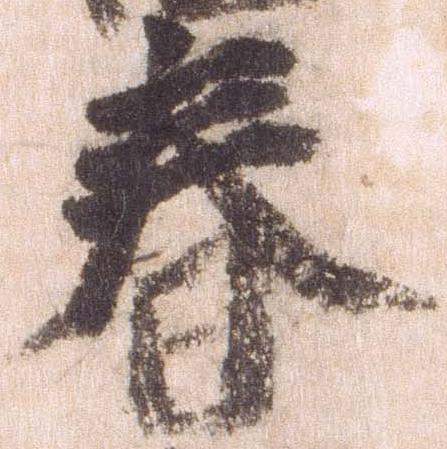
春